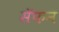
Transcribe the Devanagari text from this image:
सॅफन